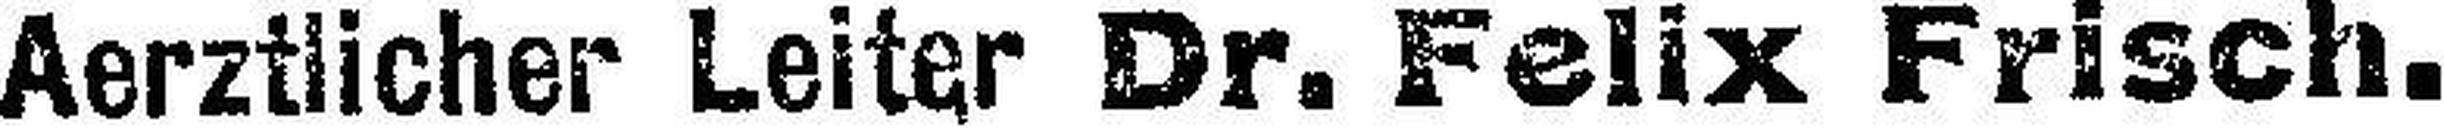
Aerztlicher Leiter Dr. Felix Frisch.